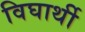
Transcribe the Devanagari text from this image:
विघार्थी